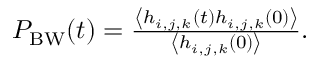
\begin{array} { r } { P _ { \mathrm { B W } } ( t ) = \frac { \left\langle h _ { i , j , k } ( t ) h _ { i , j , k } ( 0 ) \right\rangle } { \left\langle h _ { i , j , k } ( 0 ) \right\rangle } . } \end{array}